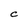
Character: C